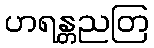
ဟရန္တညတြ